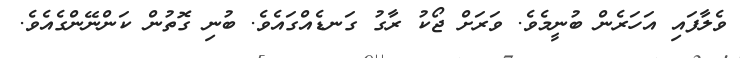
ވެލާފައި އަހަރެން ބުނީމެވެ. ވަރަށް ޖޯކު ރާގު ގަނޑެއްގައެވެ. ބުނި ގޮތުން ކަންނޭންގެއެވެ.